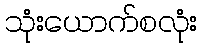
သုံးယောက်စလုံး